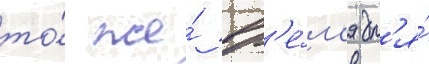
то́ же́ вр'е́м'я дл'я́